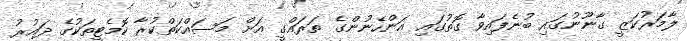
ލާމަރުކަޒީ ގާނޫނުގައި ބުނެފައިވާ ގޮތުގައި އަންހެނުންގެ ތަރައްގީ އަށް މަސައްކަތްކުރާ ކޮމެޓީތަކުގެ ދައުރު